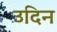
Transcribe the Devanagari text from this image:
उदिन